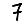
Digit: 7